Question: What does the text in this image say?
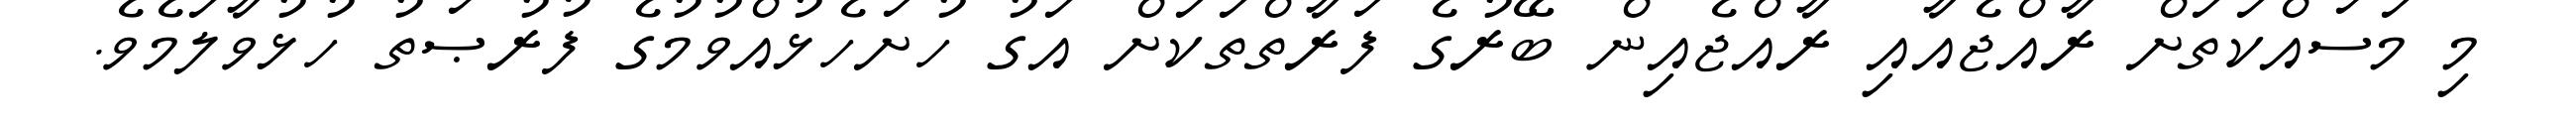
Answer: މި މަސައްކަތަށް ރާއްޖެއާއި ރާއްޖެއިން ބޭރުގެ ފަރާތްތަކަށް އަގު ހުށަހެޅުއްވުމުގެ ފުރުޞަތު ހުޅުވާލަމެވެ.